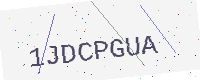
Text: 1JDCPGUA